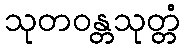
သုတဝန္တသုတ္တံ